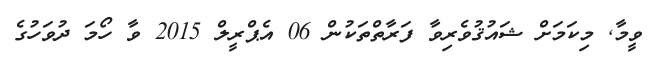
ވީމާ